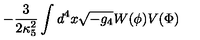
- \frac { 3 } { 2 \kappa _ { 5 } ^ { 2 } } \int d ^ { 4 } x \sqrt { - g _ { 4 } } W ( \phi ) V ( \Phi )